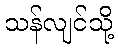
သန်လျင်သို့